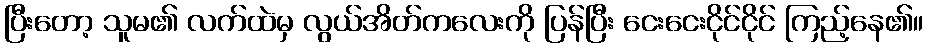
ပြီးတော့ သူမ၏ လက်ထဲမှ လွယ်အိတ်ကလေးကို ပြန်ပြီး ငေးငေးငိုင်ငိုင် ကြည့်နေ၏။